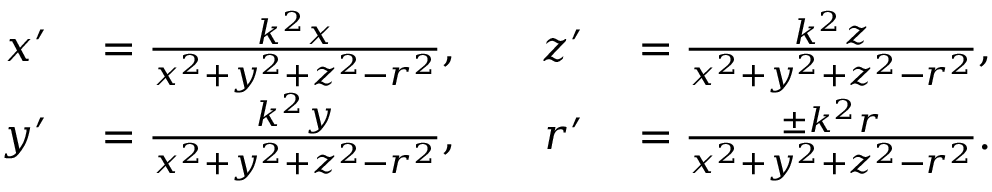
\begin{array} { r l r l } { x ^ { \prime } } & { { } = { \frac { k ^ { 2 } x } { x ^ { 2 } + y ^ { 2 } + z ^ { 2 } - r ^ { 2 } } } , \quad } & { z ^ { \prime } } & { { } = { \frac { k ^ { 2 } z } { x ^ { 2 } + y ^ { 2 } + z ^ { 2 } - r ^ { 2 } } } , } \\ { y ^ { \prime } } & { { } = { \frac { k ^ { 2 } y } { x ^ { 2 } + y ^ { 2 } + z ^ { 2 } - r ^ { 2 } } } , } & { r ^ { \prime } } & { { } = { \frac { \pm k ^ { 2 } r } { x ^ { 2 } + y ^ { 2 } + z ^ { 2 } - r ^ { 2 } } } . } \end{array}